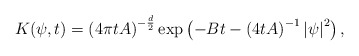
\begin{align*} K(\psi,t) = \left(4\pi t A\right)^{-\frac{d}{2}}\exp\left(-Bt-\left(4 t A\right)^{-1}\left|\psi\right|^2\right), \end{align*}